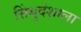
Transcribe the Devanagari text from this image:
सिंधुदेशाला